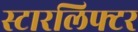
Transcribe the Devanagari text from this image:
स्टारलिफ्टर